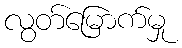
လွတ်မြောက်မှု